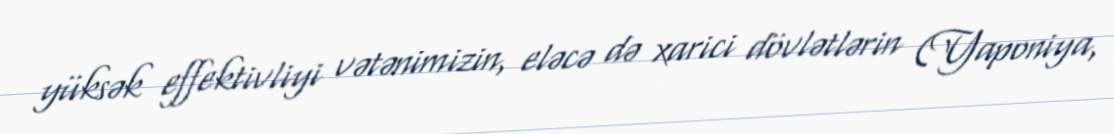
yüksək effektivliyi vətənimizin, eləcə də xarici dövlətlərin (Yaponiya,